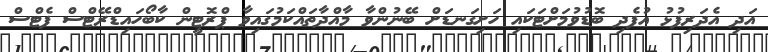
އަދި އެދަރިފުޅު އުފެދި ބޮޑުވުމަށްޓަކައި ހަށިގަނޑަށް ބޭނުންވާ މާއްދާތައްކަމުގައިވާ ޕްރޮޓީން ކާބޯހައިޑްރޭޓްސް ފެޓްސް